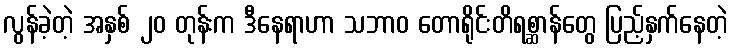
လွန်ခဲ့တဲ့ အနှစ် ၂၀ တုန်းက ဒီနေရာဟာ သဘာဝ တောရိုင်းတိရစ္ဆာန်တွေ ပြည့်နှက်နေတဲ့